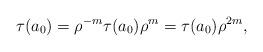
LaTeX: \begin{align*} \tau(a_0) = \rho^{-m}\tau(a_0)\rho^{m} = \tau(a_0)\rho^{2m}, \end{align*}